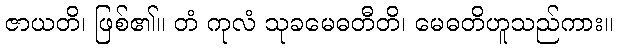
ဇာယတိ၊ ဖြစ်၏။ တံ ကုလံ သုခမေဓတီတိ၊ မေဓတိဟူသည်ကား။